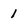
Character: 1